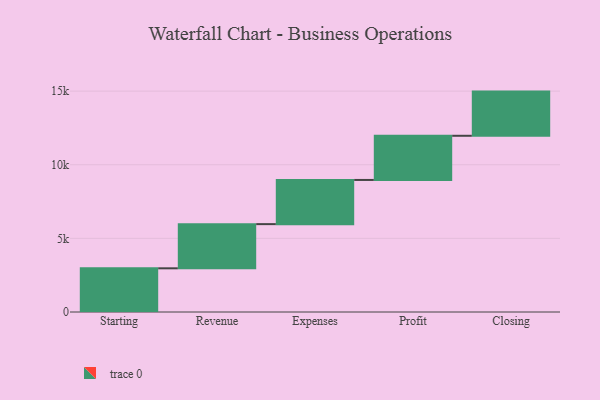
{"axis": {"x": "Step", "y": "Value"}, "legend": [""], "data": [{"x": "Starting", "y": 2967.0, "type": ""}, {"x": "Revenue", "y": 3000, "type": ""}, {"x": "Expenses", "y": 3000, "type": ""}, {"x": "Profit", "y": 3000, "type": ""}, {"x": "Closing", "y": 3000, "type": ""}]}